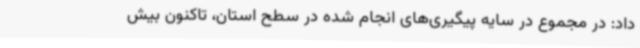
داد: در مجموع در سایه پیگیری‌های انجام شده در سطح استان، تاکنون بیش